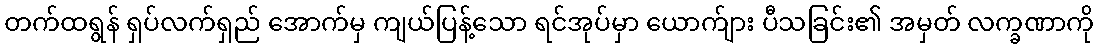
တက်ထရွန် ရှပ်လက်ရှည် အောက်မှ ကျယ်ပြန့်သော ရင်အုပ်မှာ ယောက်ျား ပီသခြင်း၏ အမှတ် လက္ခဏာကို